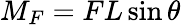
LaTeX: M_{F}=FL\sin\theta